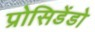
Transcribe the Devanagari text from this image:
प्रोसिडेंडो